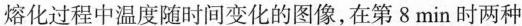
熔化过程中温度随时间变化的图像，在第8min时两种